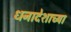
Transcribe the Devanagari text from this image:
धनादेशाच्या